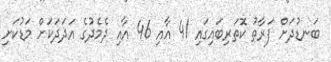
ބަނޑުދަށް ފަރާތު ކޮތަރިބައިގައި 41 އާއި 46 އާއި ދެެމެދުގެ އަދަދަކަށް މަޑުކަށި